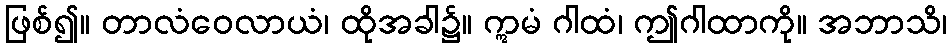
ဖြစ်၍။ တာလံဝေလာယံ၊ ထိုအခါ၌။ ဣမံ ဂါထံ၊ ဤဂါထာကို။ အဘာသိ၊